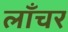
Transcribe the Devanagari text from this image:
लॉंचर